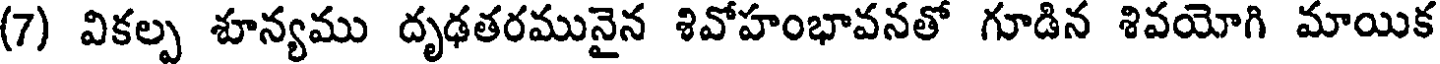
(7) వికల్ప శూన్యము దృఢతరమునైన శివోహంభావనతో గూడిన శివయోగి మాయిక